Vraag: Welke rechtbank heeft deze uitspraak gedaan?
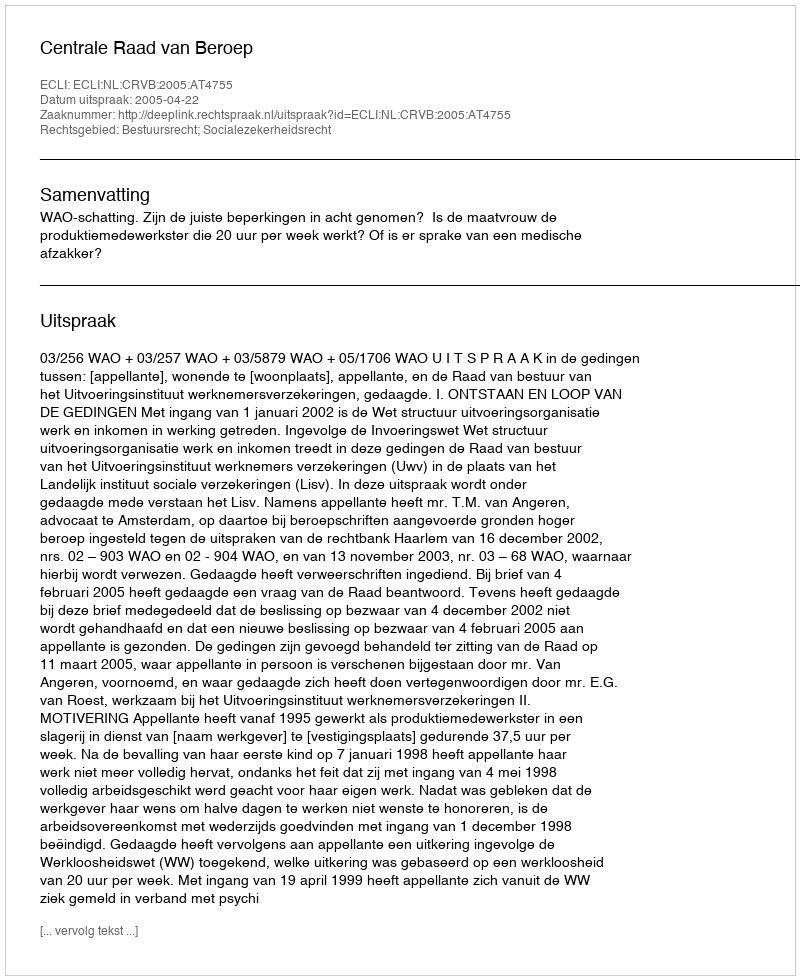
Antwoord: Centrale Raad van Beroep